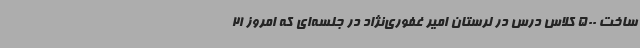
ساخت 500 کلاس درس در لرستان امیر غفوری‌نژاد در جلسه‌ای که امروز 21